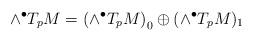
LaTeX: \begin{align*}\wedge^\bullet T_pM=\left(\wedge^\bullet T_pM\right)_0\oplus (\wedge^\bullet T_pM)_1\end{align*}